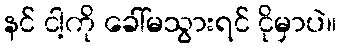
နင် ငါ့ကို ခေါ်မသွားရင် ငိုမှာပဲ။